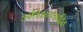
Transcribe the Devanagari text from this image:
अतिआच्छादित